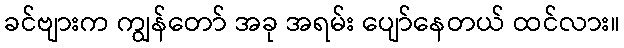
ခင်ဗျားက ကျွန်တော် အခု အရမ်း ပျော်နေတယ် ထင်လား။